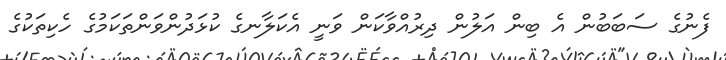
ފެނުގެ ސަބަބުން އެ ބިން އަލުން ދިރުއްވާކަން ވަނީ އެކަލާނގެ ކުޅަދުންވަންތަކަމުގެ ހެކިތަކުގެ